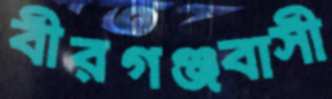
বীরগঞ্জবাসী